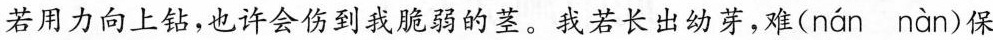
若用力向上钻，也许会伤到我脆弱的茎。我若长出幼芽，难( nán nàn )保